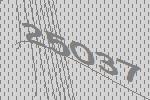
25037